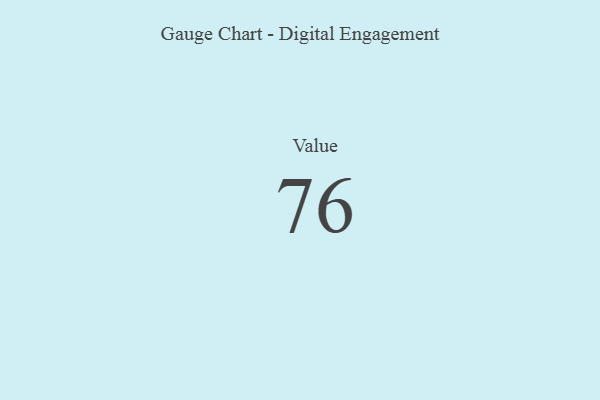
{"axis": {"x": "Metric", "y": "Value"}, "legend": [""], "data": [{"x": "Value", "y": 76, "type": ""}]}